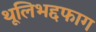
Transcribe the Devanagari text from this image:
थूलिभद्दफाग